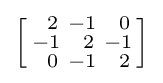
\left[{\begin{smallmatrix}\ \,2&-1&\ \,0\\-1&\ \,2&-1\\\ \,0&-1&\ \,2\end{smallmatrix}}\right]